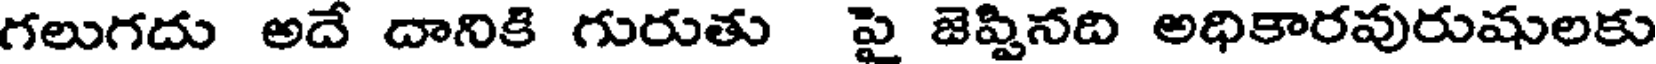
గలుగదు అదే దానికి గురుతు పై జెప్పినది అధికారవురుషులకు